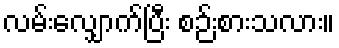
လမ်းလျှောက်ပြီး စဉ်းစားသလား။